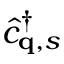
\hat { c } _ { { \bf q } , s } ^ { \dagger }